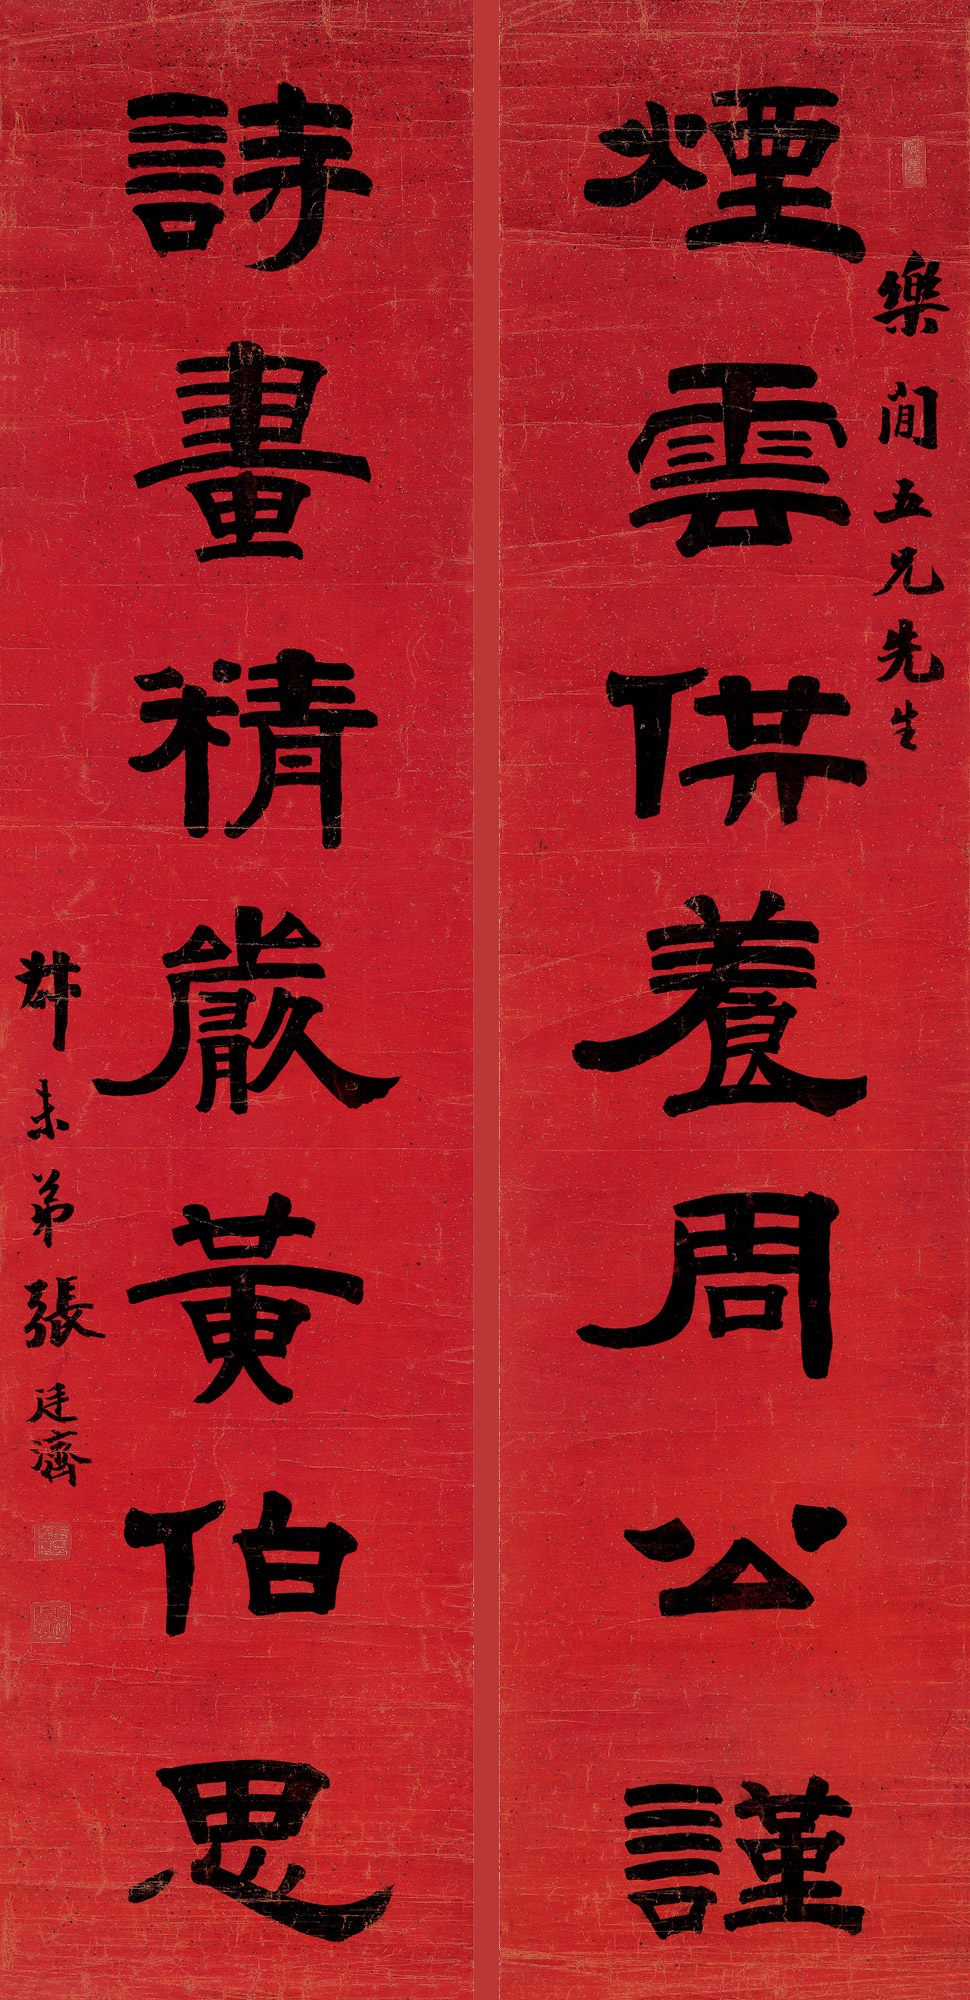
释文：烟云供养周公谨，诗画精严黄伯思。乐闲五兄先生。叔未弟张廷济。